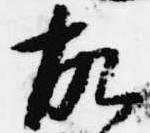
故